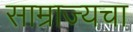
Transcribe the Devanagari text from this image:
साम्राज्यचा